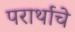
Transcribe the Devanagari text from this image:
परार्थाचे